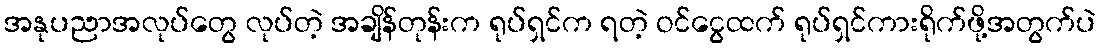
အနုပညာအလုပ်တွေ လုပ်တဲ့ အချိန်တုန်းက ရုပ်ရှင်က ရတဲ့ ဝင်ငွေထက် ရုပ်ရှင်ကားရိုက်ဖို့အတွက်ပဲ